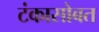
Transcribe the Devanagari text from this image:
टंकासोबत